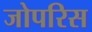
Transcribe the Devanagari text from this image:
जोपरिस